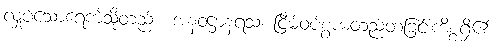
လှုပ်သောရေကဲ့သို့တည်း။ အနဝဋ္ဌာနရသံ၊ ငြိမ်ဝပ်စွာမတည်တံ့ခြင်းကိစ္စရှိ၏။